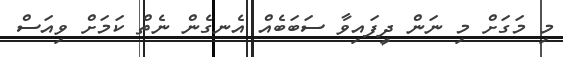
މި މަގަށް މި ނަން ދީފައިވާ ސަބަބެއް އެނގެން ނެތް ކަމަށް ވިއަސް